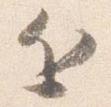
近